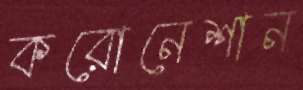
করোনেশান